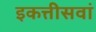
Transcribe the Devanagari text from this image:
इकत्तीसवां